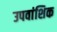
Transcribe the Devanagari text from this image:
उपवांशिक